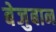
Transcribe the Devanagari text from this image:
बेजुबान